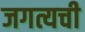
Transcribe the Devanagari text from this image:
जगत्यची